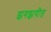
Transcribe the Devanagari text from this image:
झगझगीत